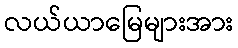
လယ်ယာမြေများအား